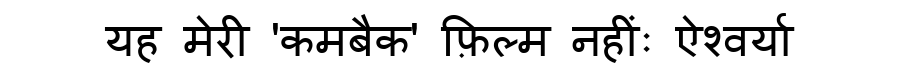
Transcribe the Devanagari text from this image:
यह मेरी 'कमबैक' फ़िल्म नहींः ऐश्वर्या